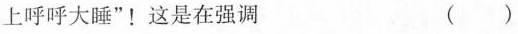
上呼呼大睡”！这是在强调 ( )